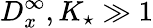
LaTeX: D_{x}^{\infty},K_{\star}\gg 1